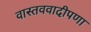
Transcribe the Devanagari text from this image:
वास्तववादीपणा